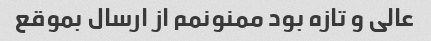
عالی و تازه بود ممنونمم از ارسال بموقع